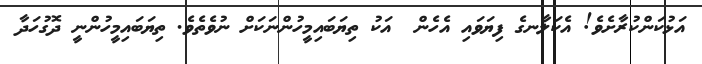
އަޅުކަންކުރާށެވެ! އެކަލާނގެ ފިޔަވައި އެހެން  އަކު ތިޔަބައިމީހުންނަކަށް ނުވެތެވެ. ތިޔަބައިމީހުންނީ ދޮގުހަދާ